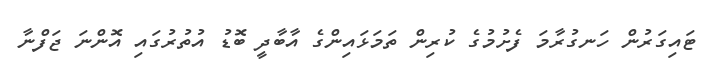
ޓައިގަރުން ހަނގުރާމަ ފެށުމުގެ ކުރިން ތަމަޅައިންގެ އާބާދީ ބޮޑު އުތުރުގައި އޮންނަ ޖަފްނާ